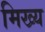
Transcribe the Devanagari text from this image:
मिख्य